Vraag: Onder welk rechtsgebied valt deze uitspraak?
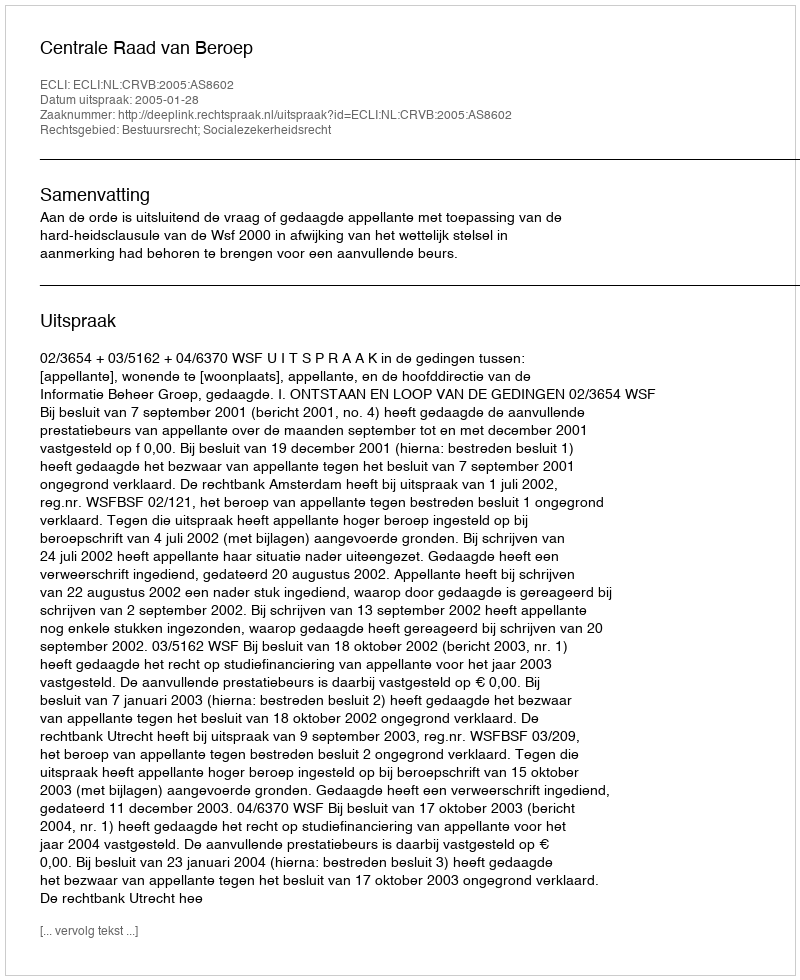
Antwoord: Bestuursrecht; Socialezekerheidsrecht